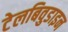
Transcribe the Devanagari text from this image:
टेलबिवुडाइन